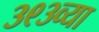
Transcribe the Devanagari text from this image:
३९३व्या